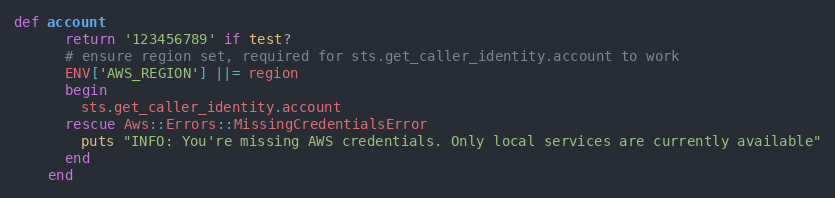
Language: Ruby
def account
      return '123456789' if test?
      # ensure region set, required for sts.get_caller_identity.account to work
      ENV['AWS_REGION'] ||= region
      begin
        sts.get_caller_identity.account
      rescue Aws::Errors::MissingCredentialsError
        puts "INFO: You're missing AWS credentials. Only local services are currently available"
      end
    end